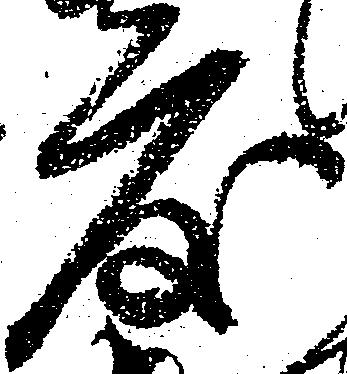
度